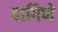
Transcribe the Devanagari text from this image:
दागिणे